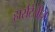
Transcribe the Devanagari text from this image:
हार्सटेलीज़